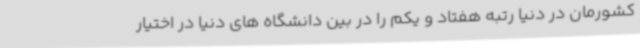
کشورمان در دنیا رتبه هفتاد و یکم را در بین دانشگاه های دنیا در اختیار